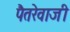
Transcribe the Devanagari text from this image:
पैतरेवाजी